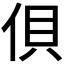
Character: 𰂇